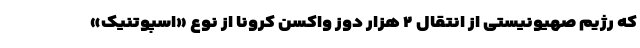
که رژیم صهیونیستی از انتقال ۲ هزار دوز واکسن کرونا از نوع «اسپوتنیک»